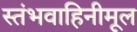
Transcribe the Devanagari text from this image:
स्तंभवाहिनीमूल